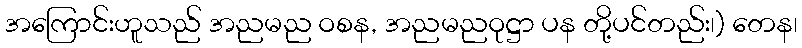
အကြောင်းဟူသည် အညမည ဝစန, အညမညဝုဋ္ဌာ ပန တို့ပင်တည်း၊) တေန၊